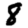
Digit: 8